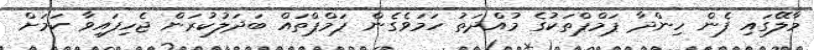
މާލޭގައި ފެން ހިންދާ ޕަމްޕްތަކުގެ މުއްދަތު ހަމަވެގެން ޕަމްޕްތައް ބަދަލުކުރަން ޖެހިފައިވާ ކަމަށް